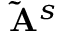
\mathbf { \tilde { A } } ^ { s }